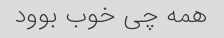
همه چی خوب بوود